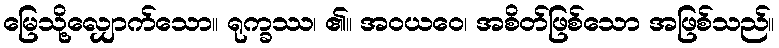
မြေသို့လျှောက်သော။ ရုက္ခဿ၊ ၏။ အဝယဝေ၊ အစိတ်ဖြစ်သော အဖြစ်သည်။